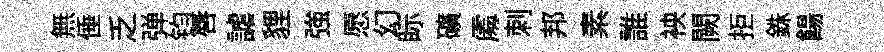
無倕乏弹钧唇謔貍強愿幻眎礦𠁅刺邦素誰䘧闕拒銖餳